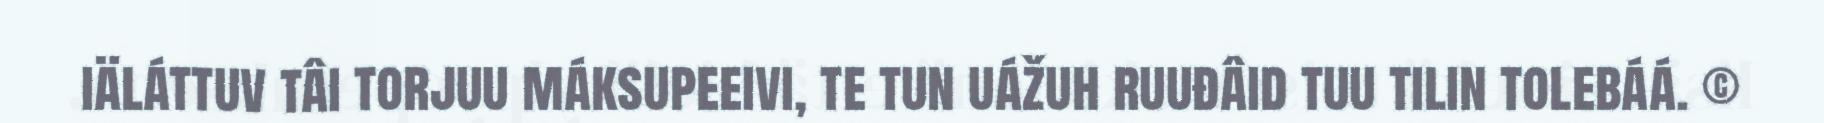
iäláttuv tâi torjuu máksupeeivi, te tun uážuh ruuđâid tuu tilin tolebáá. ©